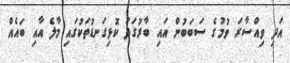
އަދި ވިއްސާރަ ވުމުގެ ސަބަބުން އައި ބާރުގަދަ ކޮޅިގަނޑުތަކުގައި މާލެ އާއި ބައެއް